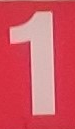
1